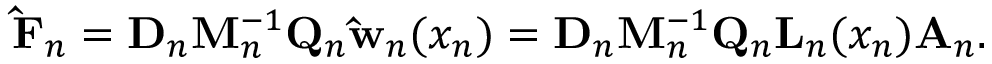
\mathbf { \hat { F } } _ { n } = \mathbf { D } _ { n } \mathbf { M } _ { n } ^ { - 1 } \mathbf { Q } _ { n } \mathbf { \hat { w } } _ { n } ( x _ { n } ) = \mathbf { D } _ { n } \mathbf { M } _ { n } ^ { - 1 } \mathbf { Q } _ { n } \mathbf { L } _ { n } ( x _ { n } ) \mathbf { A } _ { n } .